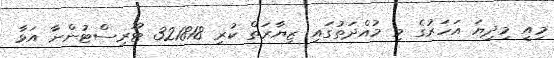
މިއީ މިދިޔަ އަހަރުގެ މި މުއްދަތުގައި ޒިޔާރަތް ކުރި 321818 ޓޫރިސްޓުންނާ އަޅާ